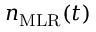
n _ { \mathrm { M L R } } ( t )